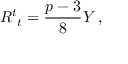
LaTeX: R _ { \ t } ^ { t } = \frac { p - 3 } { 8 } Y \, ,